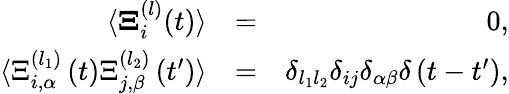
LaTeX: \begin{array}{rlr}{\langle{\mathbf\Xi}_{i}^{(l)}(t)\rangle}&{=}&{0,}\\ {\langle{\Xi}_{i,\alpha}^{(l_{1})}\left(t\right){\Xi}_{j,\beta}^{(l_{2})}\left(t^{\prime}\right)\rangle}&{=}&{\delta_{l_{1}l_{2}}\delta_{ij}\delta_{\alpha\beta}\delta\left(t-t^{\prime}\right),}\end{array}